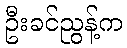
ဦးခင်ညွန့်က